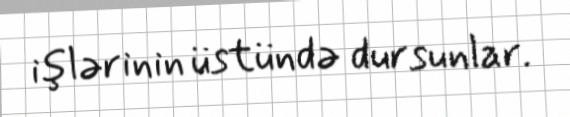
işlərinin üstündə dursunlar.